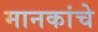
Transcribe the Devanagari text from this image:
मानकांचे